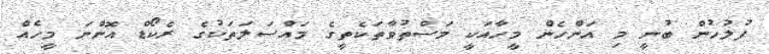
ފުލުހުން ބުނީ މި އަންހެން މީހާއަކީ މަސްތުވާތަކެތީގެ މައްސަލަތަކުގެ ރެކޯޑް އޮންނަ މީހެއް